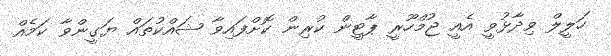
ހަލީލް ވިދާޅުވީ އެއީ ޖުމްހޫރީ ޕާޓީން ކުރިން ކޮށްފައިވާ ޝައްކުތައް ޔަގީންވާ ކަމެއް